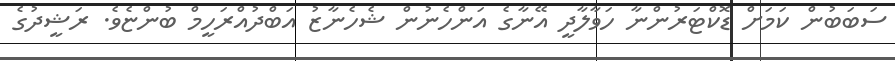
ސަބަބުން ކަމަށް ޑޮކްޓަރުންނާ ހަވާލާދީ އޭނާގެ އަންހެނުން ޝެހެނާޒު އަބްދުއްރަހީމް ބުންޏެވެ. ރަޝީދުގެ